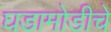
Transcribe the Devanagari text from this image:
घडामोडीचे